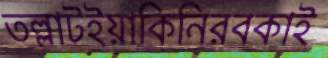
তল্লাটইয়াকিনিরবকাই